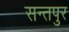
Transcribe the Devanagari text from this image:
सन्तपुर